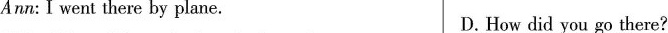
Ann:I went there by plane. D. How did you go there?